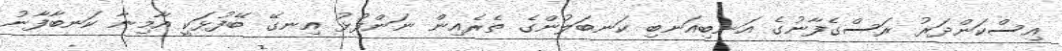
އިސްކަންދަރު ރަސްގެފާނުގެ އަނބިއަނބި ކަނބަލުންގެ ތެރެއިން ނަންފުޅު އިނގޭ ބޭފުޅަކީ އާމިނާ ކަނބާފާނު